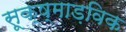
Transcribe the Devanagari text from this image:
सूक्ष्माड़विक